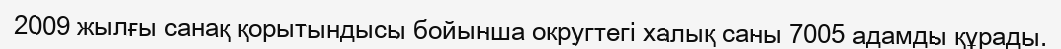
2009 жылғы санақ қорытындысы бойынша округтегі халық саны 7005 адамды құрады.